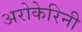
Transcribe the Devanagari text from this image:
अरोकेरिनी